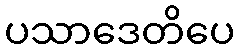
ပသာဒေတိပေ